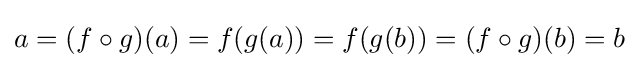
a=(f\circ g)(a)=f(g(a))=f(g(b))=(f\circ g)(b)=b